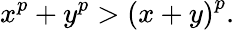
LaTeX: x^{p}+y^{p}>\left(x+y\right)^{p}.